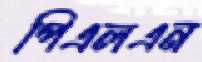
পিএলএন